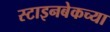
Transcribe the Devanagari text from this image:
स्टाइनबेकच्या